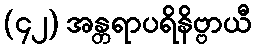
(၄၂) အန္တရာပရိနိဗ္ဗာယီ